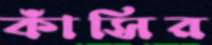
কাঁসির